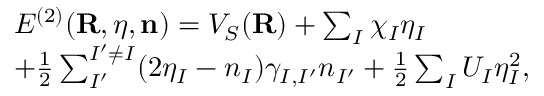
\begin{array} { r l } & { { \cal E } ^ { ( 2 ) } ( { \bf R } , { \boldsymbol \eta } , { \bf n } ) = V _ { S } ( { \bf R } ) + \sum _ { I } \chi _ { I } \eta _ { I } } \\ & { + \frac { 1 } { 2 } \sum _ { I ^ { \prime } } ^ { I ^ { \prime } \ne I } ( 2 \eta _ { I } - n _ { I } ) \gamma _ { I , I ^ { \prime } } n _ { I ^ { \prime } } + \frac { 1 } { 2 } \sum _ { I } U _ { I } \eta _ { I } ^ { 2 } , } \end{array}